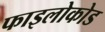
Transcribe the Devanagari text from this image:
फाइलोकोड